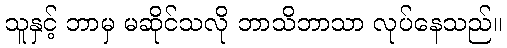
သူနှင့် ဘာမှ မဆိုင်သလို ဘာသိဘာသာ လုပ်နေသည်။